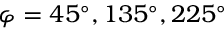
\varphi = 4 5 ^ { \circ } , 1 3 5 ^ { \circ } , 2 2 5 ^ { \circ }